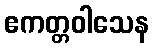
ဧကတ္တဝါသေန